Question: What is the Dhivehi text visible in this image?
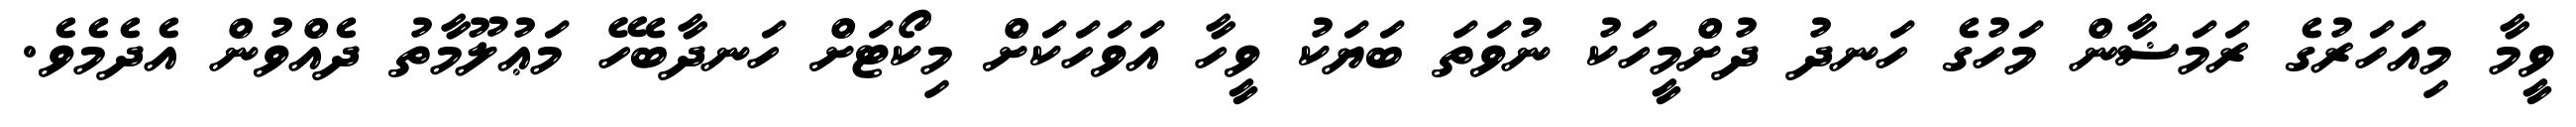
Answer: ވީމާ މިއަހަރުގެ ރަމަޟާން މަހުގެ ހަނދު ދުށްމީހަކު ނުވަތަ ބަޔަކު ވީހާ އަވަހަކަށް މިކޯޓަށް ހަނދާބެހޭ މަޢުލޫމާތު ދެއްވުން އެދެމެވެ.